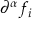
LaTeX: \partial ^ { \alpha } f _ { i }